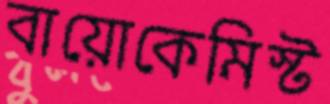
বায়োকেমিস্ট